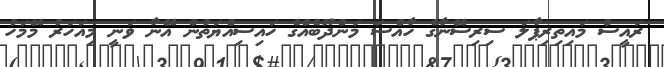
ރައީސް މައިތިރިޕާލަ ސިރިސޭނާގެ ހާއްސަ މަންދޫބެއްގެ ހައިސިއްޔަތުން އޭނާ ވަނީ މިއަހަރު މޭމަހު